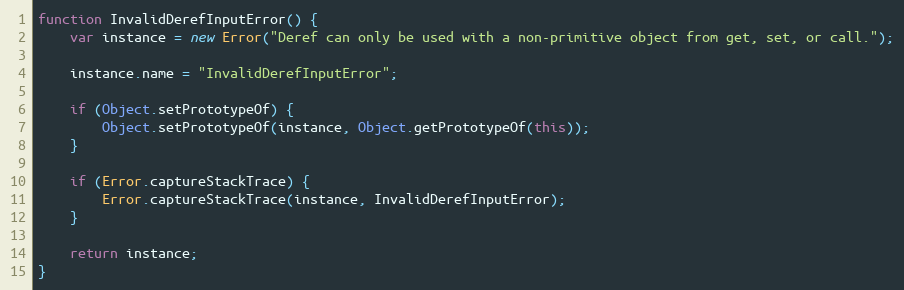
Language: JavaScript
function InvalidDerefInputError() {
    var instance = new Error("Deref can only be used with a non-primitive object from get, set, or call.");

    instance.name = "InvalidDerefInputError";

    if (Object.setPrototypeOf) {
        Object.setPrototypeOf(instance, Object.getPrototypeOf(this));
    }

    if (Error.captureStackTrace) {
        Error.captureStackTrace(instance, InvalidDerefInputError);
    }

    return instance;
}